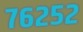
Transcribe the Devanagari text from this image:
७६२५२